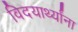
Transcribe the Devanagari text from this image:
विदयार्थ्यांना